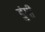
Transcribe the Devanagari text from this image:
डुंगी